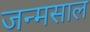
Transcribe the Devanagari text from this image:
जन्मसाल